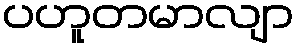
ပဟူတမာလျာ